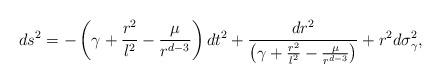
LaTeX: \begin{align*}ds^{2} =-\left( \gamma +\frac{r^{2}}{l^{2}}-\frac{\mu }{r^{d-3}}\right) dt^{2}+\frac{dr^{2}}{\left( \gamma +\frac{r^{2}}{l^{2}}-\frac{\mu }{r^{d-3}}\right)} +r^{2}d\sigma_{\gamma }^{2},\end{align*}